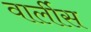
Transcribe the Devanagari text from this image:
वार्लीस